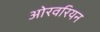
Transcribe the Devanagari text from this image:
ओरवरियन